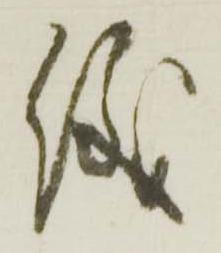
儀